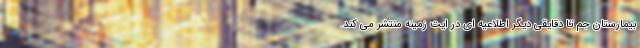
بیمارستان جم تا دقایقی دیگر اطلاعیه ای در ایت زمینه منتشر می کند.